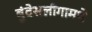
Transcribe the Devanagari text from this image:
बुंदेसलीगामधे